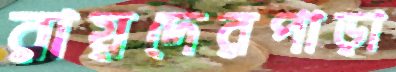
রায়দেরপাড়া